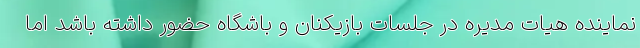
نماینده هیات مدیره در جلسات بازیکنان و باشگاه حضور داشته باشد اما